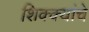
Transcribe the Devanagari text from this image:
शिक्क्यांचे